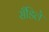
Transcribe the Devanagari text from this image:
सँडिले